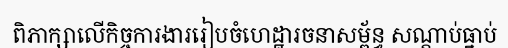
ពិភាក្សាលើកិច្ចការងាររៀបចំហេដ្ឋារចនាសម្ព័ន្ធ សណ្តាប់ធ្នាប់